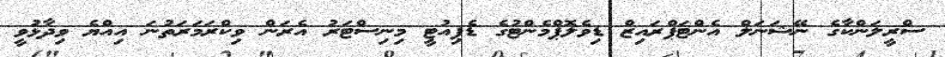
ސްރީލަންކާގެ ނޭޝަނަލް އެންޓަޕްރައިޒް ޑިވެލޮޕްމެންޓުގެ ޑެޕިއުޓީ މިނިސްޓަރު އެރަން ވިކްރަމަރަތުނަ އިއްޔެ ވިދާޅުވީ